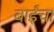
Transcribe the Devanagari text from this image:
बाईंचा